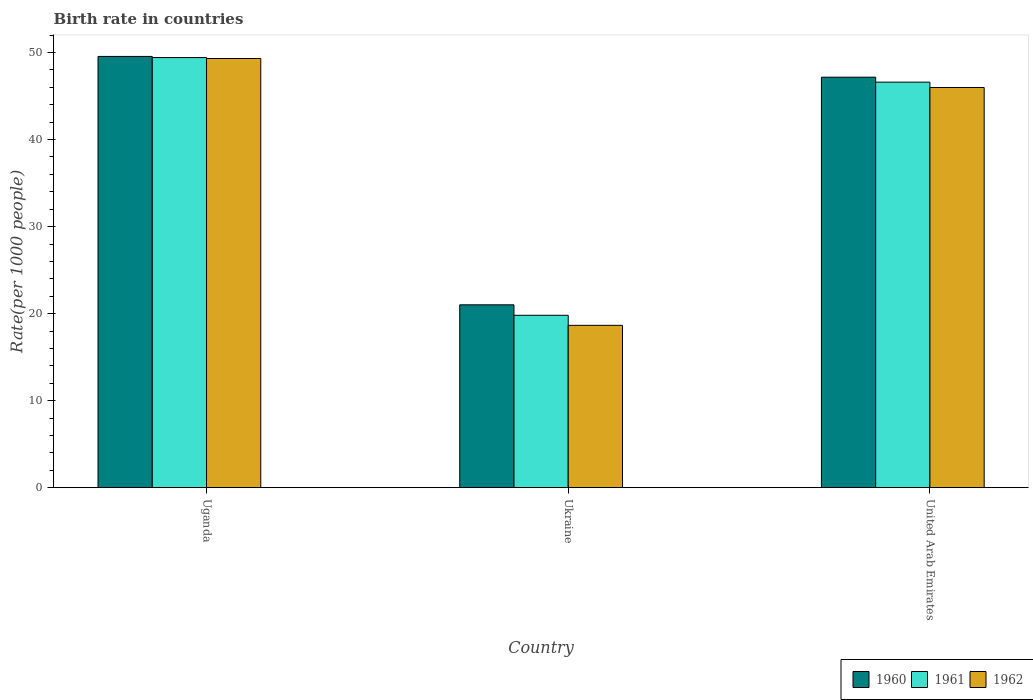
| Country | 1960 | 1961 | 1962 |
 | --- | --- | --- | --- |
 | Uganda | 49.6 | 49.4 | 49.3 |
 | Ukraine | 21 | 19.8 | 18.7 |
 | United Arab Emirates | 47.2 | 46.6 | 46 |